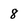
Character: 8